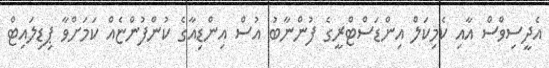
އެދީސިވްސް އާއި ކެމިކަލް އިންޑަސްޓްރީގެ ފުންނާބު އުސް އިންޑިއާގެ ކުންފުންޏެއް ކަމަށްވާ ޕިޑިލައިޓް